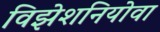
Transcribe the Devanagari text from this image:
विझेशनियोवा